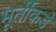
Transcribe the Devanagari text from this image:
मूर्तीकडे